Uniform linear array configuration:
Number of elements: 8
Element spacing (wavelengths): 0.25
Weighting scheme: kaiser
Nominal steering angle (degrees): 45
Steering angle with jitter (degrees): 44.409
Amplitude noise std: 0.05
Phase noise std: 0.05

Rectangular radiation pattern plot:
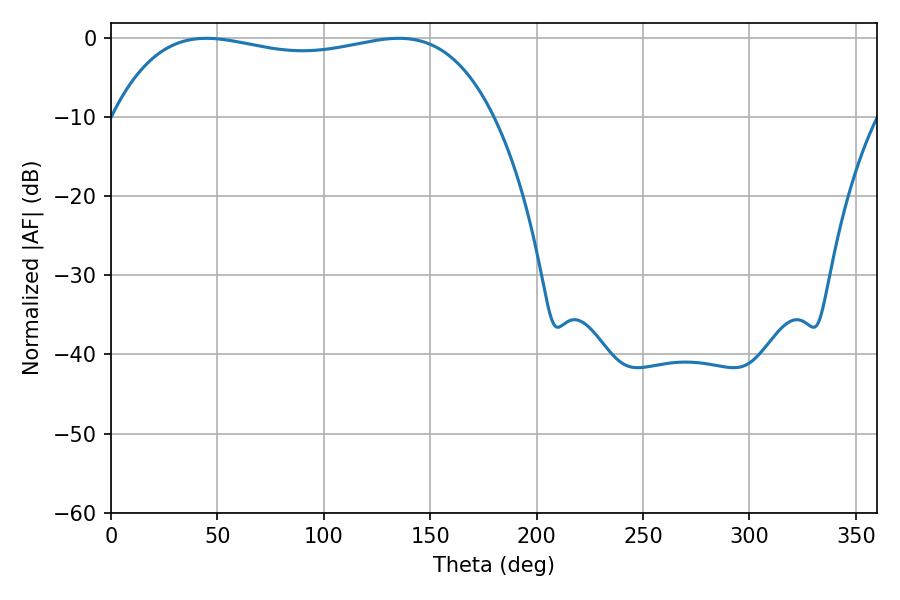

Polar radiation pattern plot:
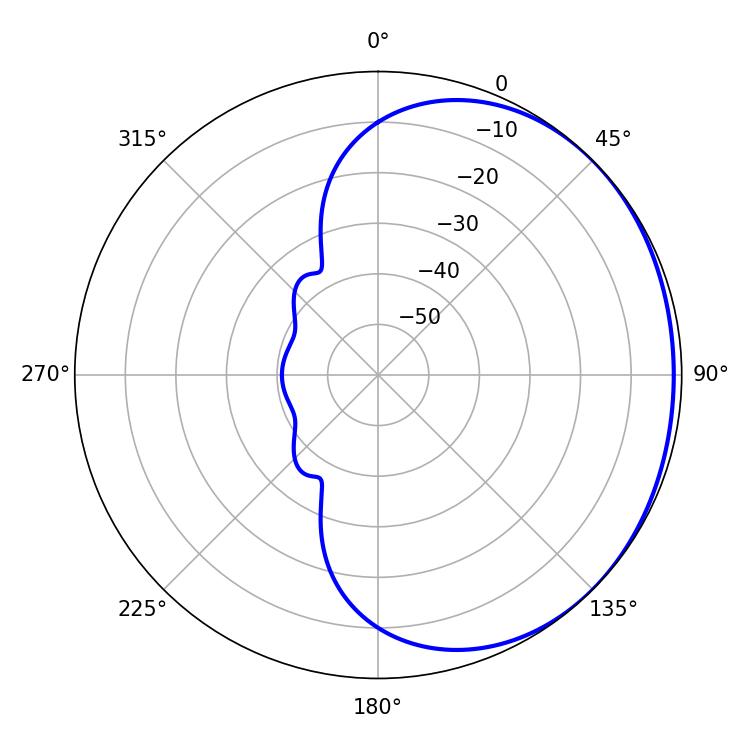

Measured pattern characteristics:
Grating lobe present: FALSE
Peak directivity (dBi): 0.9246
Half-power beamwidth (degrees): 144.72
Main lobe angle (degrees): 44.82